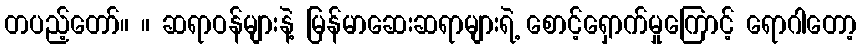
တပည့်တော်။ ။ ဆရာဝန်များနဲ့ မြန်မာဆေးဆရာများရဲ့ စောင့်ရှောက်မှုကြောင့် ရောဂါတော့